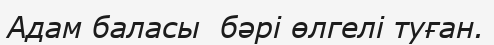
Адам баласы  бәрі өлгелі туған.